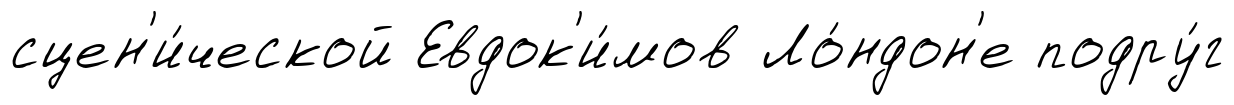
сцен'и́ческой Евдок'и́мов Ло́ндон'е подру́г